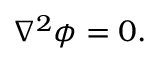
\nabla ^ { 2 } \phi = 0 .